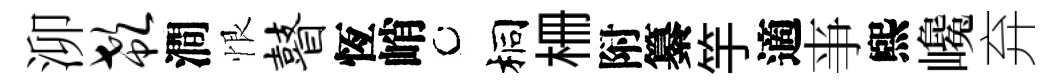
泖欷澗恨瞽恆峭桐栅附纂竽適亊煕巉弃